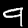
Label: 9